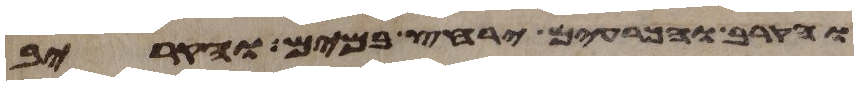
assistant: והקרב והכרעים ירחץ במים והקריב